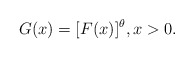
\begin{align*}G(x)=[F(x)]^\theta, x>0.\end{align*}